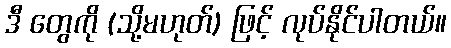
ဒီ တွေကို (သို့မဟုတ်) ဖြင့် လုပ်နိုင်ပါတယ်။